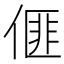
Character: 𠌨